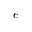
e